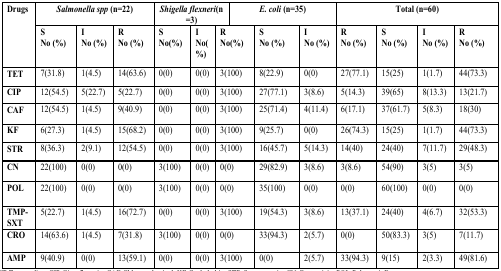
<table><thead><tr><td rowspan="2"><b>Drugs</b></td><td colspan="3"><b><i>Salmonella spp</i> (n=22)</b></td><td colspan="3"><b><i>Shigella flexneri</i> (n =3)</b></td><td colspan="3"><b><i>E. coli</i> (n=35)</b></td><td colspan="3"><b>Total (n=60)</b></td></tr><tr><td><b>S No (%)</b></td><td><b>I No (%)</b></td><td><b>R No (%)</b></td><td><b>S No(%)</b></td><td><b>I No (%)</b></td><td><b>R No(%)</b></td><td><b>S No (%)</b></td><td><b>I No (%)</b></td><td><b>R No (%)</b></td><td><b>S No (%)</b></td><td><b>I No (%)</b></td><td><b>R No (%)</b></td></tr></thead><tbody><tr><td><b>TET</b></td><td>7(31.8)</td><td>1(4.5)</td><td>14(63.6)</td><td>0(0)</td><td>0(0)</td><td>3(100)</td><td>8(22.9)</td><td>0(0)</td><td>27(77.1)</td><td>15(25)</td><td>1(1.7)</td><td>44(73.3)</td></tr><tr><td><b>CIP</b></td><td>12(54.5)</td><td>5(22.7)</td><td>5(22.7)</td><td>0(0)</td><td>0(0)</td><td>3(100)</td><td>27(77.1)</td><td>3(8.6)</td><td>5(14.3)</td><td>39(65)</td><td>8(13.3)</td><td>13(21.7)</td></tr><tr><td><b>CAF</b></td><td>12(54.5)</td><td>1(4.5)</td><td>9(40.9)</td><td>0(0)</td><td>0(0)</td><td>3(100)</td><td>25(71.4)</td><td>4(11.4)</td><td>6(17.1)</td><td>37(61.7)</td><td>5(8.3)</td><td>18(30)</td></tr><tr><td><b>KF</b></td><td>6(27.3)</td><td>1(4.5)</td><td>15(68.2)</td><td>0(0)</td><td>0(0)</td><td>3(100)</td><td>9(25.7)</td><td>0(0)</td><td>26(74.3)</td><td>15(25)</td><td>1(1.7)</td><td>44(73.3)</td></tr><tr><td><b>STR</b></td><td>8(36.3)</td><td>2(9.1)</td><td>12(54.5)</td><td>0(0)</td><td>0(0)</td><td>3(100)</td><td>16(45.7)</td><td>5(14.3)</td><td>14(40)</td><td>24(40)</td><td>7(11.7)</td><td>29(48.3)</td></tr><tr><td><b>CN</b></td><td>22(100)</td><td>0(0)</td><td>0(0)</td><td>3(100)</td><td>0(0)</td><td>0(0)</td><td>29(82.9)</td><td>3(8.6)</td><td>3(8.6)</td><td>54(90)</td><td>3(5)</td><td>3(5)</td></tr><tr><td><b>POL</b></td><td>22(100)</td><td>0(0)</td><td>0(0)</td><td>3(100)</td><td>0(0)</td><td>0(0)</td><td>35(100)</td><td>0(0)</td><td>0(0)</td><td>60(100)</td><td>0(0)</td><td>0(0)</td></tr><tr><td><b>TMP-SXT</b></td><td>5(22.7)</td><td>1(4.5)</td><td>16(72.7)</td><td>0(0)</td><td>0(0)</td><td>3(100)</td><td>19(54.3)</td><td>3(8.6)</td><td>13(37.1)</td><td>24(40)</td><td>4(6.7)</td><td>32(53.3)</td></tr><tr><td><b>CRO</b></td><td>14(63.6)</td><td>1(4.5)</td><td>7(31.8)</td><td>3(100)</td><td>0(0)</td><td>0(0)</td><td>33(94.3)</td><td>2(5.7)</td><td>0(0)</td><td>50(83.3)</td><td>3(5)</td><td>7(11.7)</td></tr><tr><td><b>AMP</b></td><td>9(40.9)</td><td>0(0)</td><td>13(59.1)</td><td>0(0)</td><td>0(0)</td><td>3(100)</td><td>0(0)</td><td>2(5.7)</td><td>33(94.3)</td><td>9(15)</td><td>2(3.3)</td><td>49(81.6)</td></tr></tbody></table>